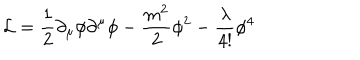
{ \cal L } = \frac { 1 } { 2 } \partial _ { \mu } \phi \partial ^ { \mu } \phi - \frac { m ^ { 2 } } { 2 } \phi ^ { 2 } - \frac { \lambda } { 4 ! } \phi ^ { 4 }